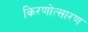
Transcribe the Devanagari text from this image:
किरणोत्सारण